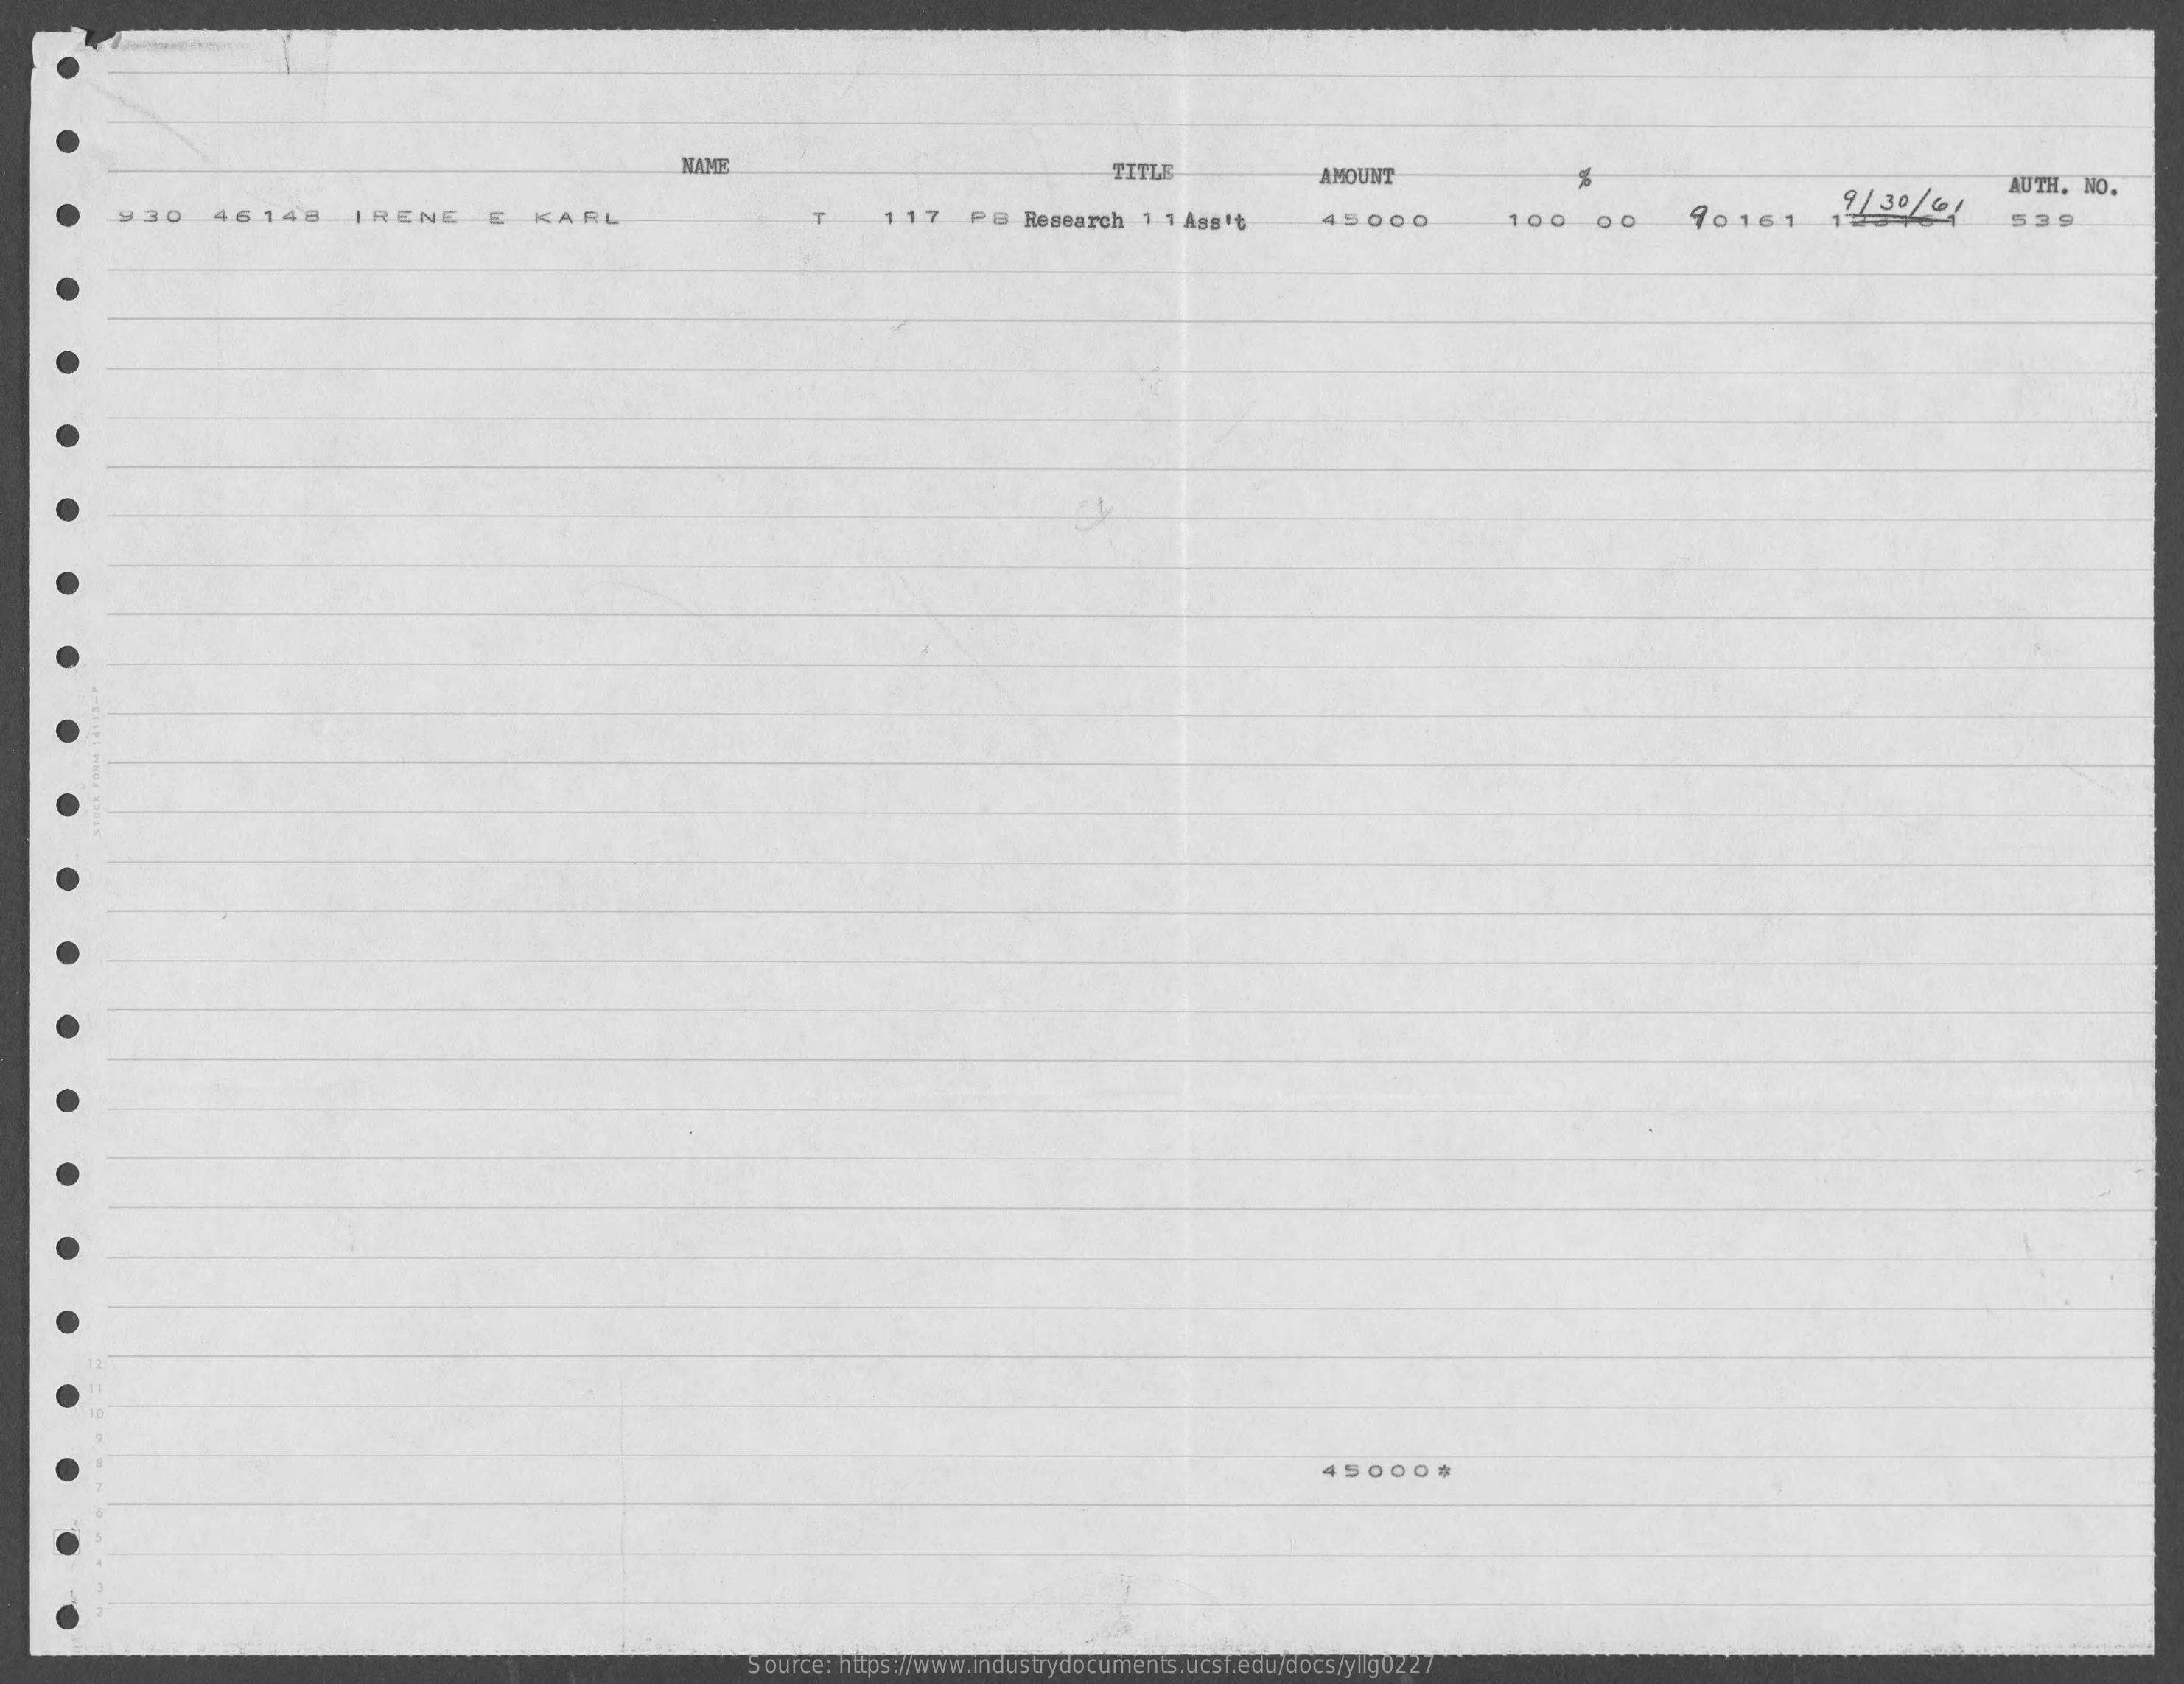
NAME    TITLE  AMOUNT  %    AUTH. NO.
    930 46148 IRENE E KARL T 117 PB Research 1 1 Ass't 45000 100 00 90161 12 30/41
     539
     45000.
     Source: https://www.industrydocuments.ucsf.edu/docs/yllg0227